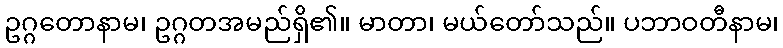
ဥဂ္ဂတောနာမ၊ ဥဂ္ဂတအမည်ရှိ၏။ မာတာ၊ မယ်တော်သည်။ ပဘာဝတီနာမ၊